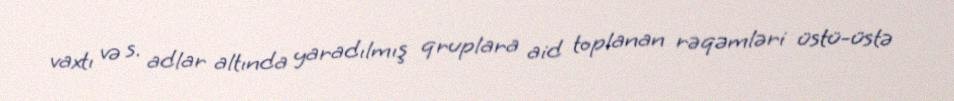
vaxtı və s. adlar altında yaradılmış qruplara aid toplanan rəqəmləri üstü-üstə